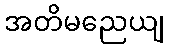
အတိမညေယျ